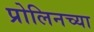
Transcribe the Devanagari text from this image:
प्रोलिनच्या